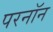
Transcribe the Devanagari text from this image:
परनॉन